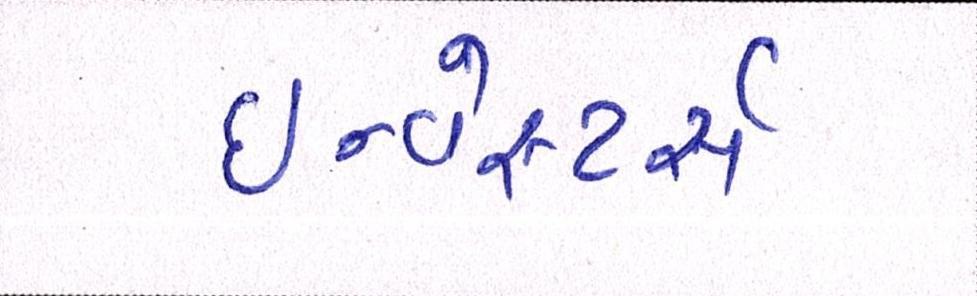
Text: ઇન્વેસ્ટર્સ